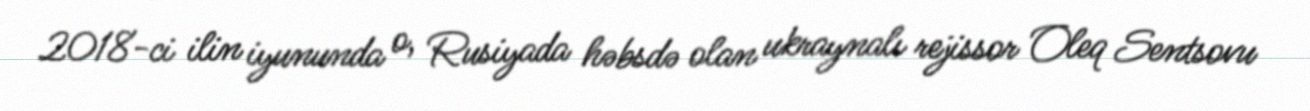
2018-ci ilin iyununda o, Rusiyada həbsdə olan ukraynalı rejissor Oleq Sentsovu